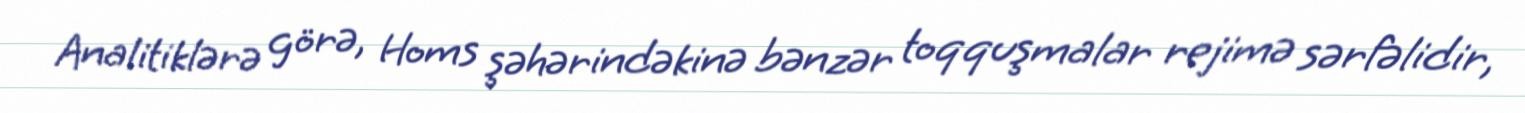
Analitiklərə görə, Homs şəhərindəkinə bənzər toqquşmalar rejimə sərfəlidir,